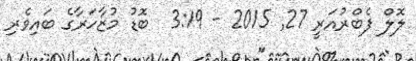
ލޮލް ފެބްރުއަރީ 27